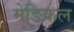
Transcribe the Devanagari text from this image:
मेङिकल